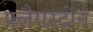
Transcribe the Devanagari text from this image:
फ्लैगस्टोन